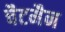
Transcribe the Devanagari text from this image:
चैटमैन